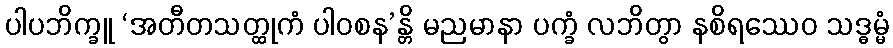
ပါပဘိက္ခူ ‘အတီတသတ္ထုကံ ပါဝစန’န္တိ မညမာနာ ပက္ခံ လဘိတွာ နစိရဿေဝ သဒ္ဓမ္မံ